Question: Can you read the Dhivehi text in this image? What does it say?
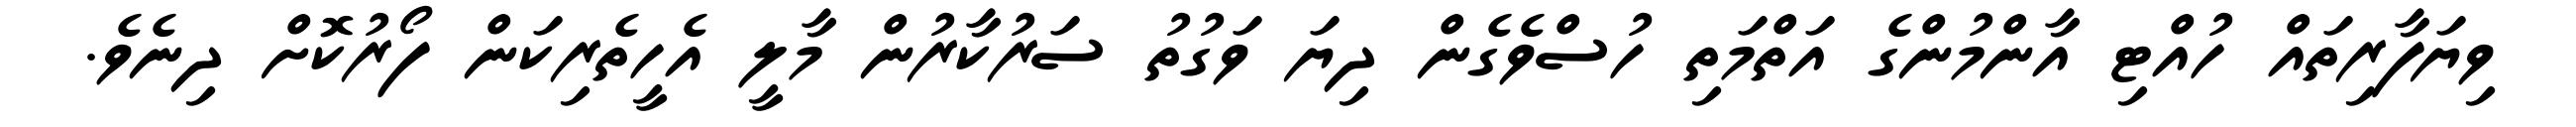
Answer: ވިޔަފާރިތައް ހުއްޓި އާންމުންގެ އަތްމަތި ހުސްވެގެން ދިޔަ ވަގުތު ސަރުކާރުން މާލީ އެހީތެރިކަން ފޯރުކޮށް ދިނެވެ.